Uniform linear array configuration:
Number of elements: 8
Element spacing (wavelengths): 1
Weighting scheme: binomial
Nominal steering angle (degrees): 0
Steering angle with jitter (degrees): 1.978
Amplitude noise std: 0.05
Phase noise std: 0.05

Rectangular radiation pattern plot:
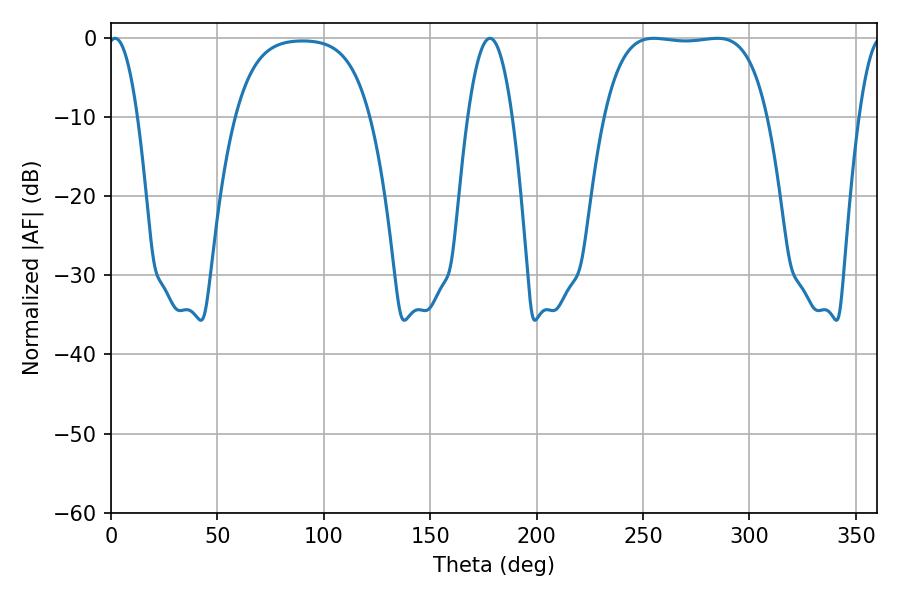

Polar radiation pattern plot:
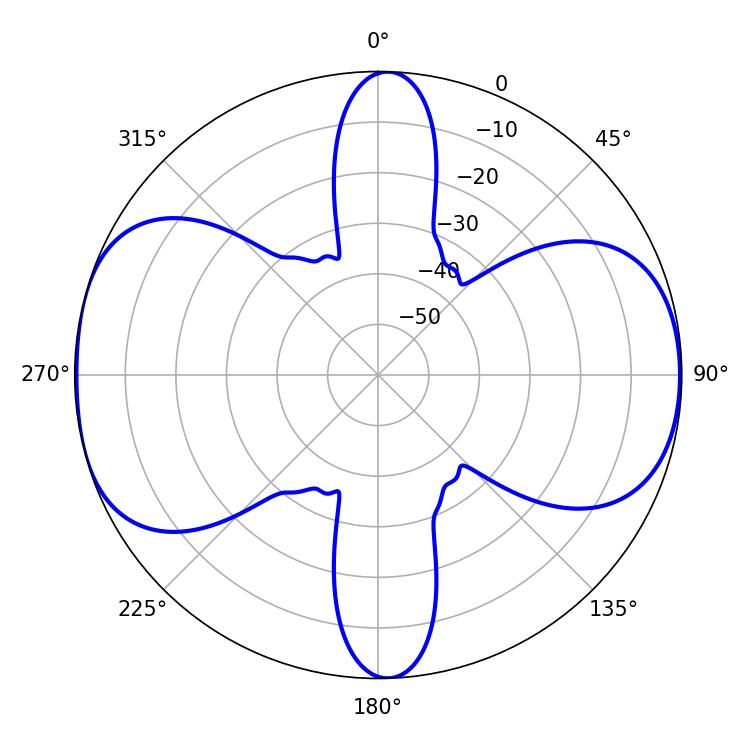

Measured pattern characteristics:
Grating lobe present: TRUE
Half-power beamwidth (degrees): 60.12
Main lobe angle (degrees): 255.06